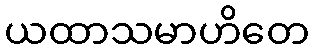
ယထာသမာဟိတေ